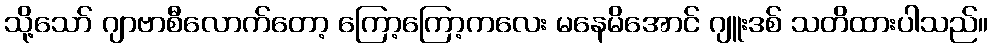
သို့သော် ဂျာဗာစီလောက်တော့ ကြော့ကြော့ကလေး မနေမိအောင် ဂျူးဒစ် သတိထားပါသည်။